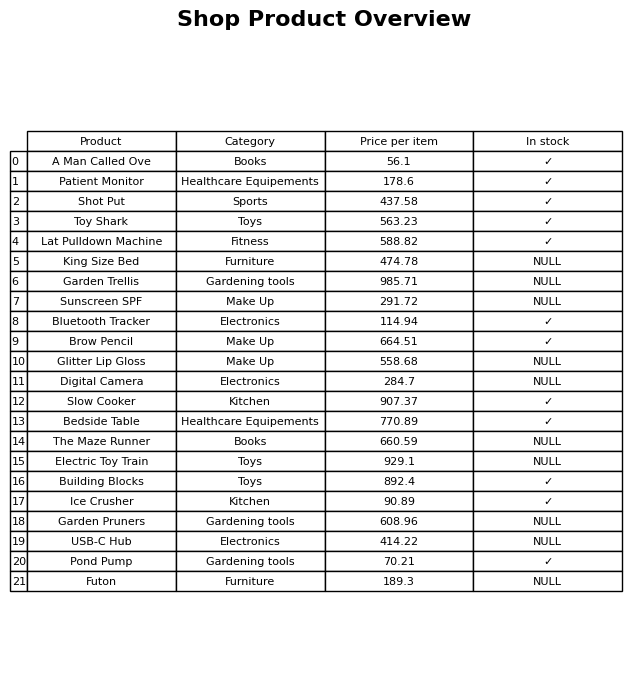
question: What is the price for Digital Camera?
answer: The price of Digital Camera is 284.7.